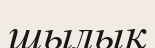
шылық